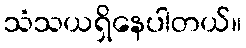
သံသယရှိနေပါတယ်။